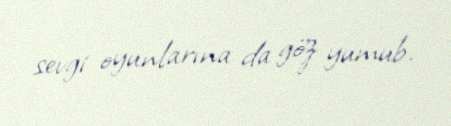
sevgi oyunlarına da göz yumub.